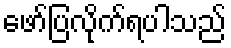
ဖော်ပြလိုက်ရပါသည်